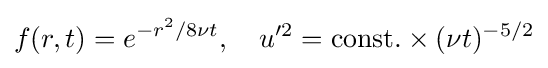
f(r,t)=e^{-r^{2}/8\nu t},\quad u'^{2}=\mathrm {const.} \times (\nu t)^{-5/2}